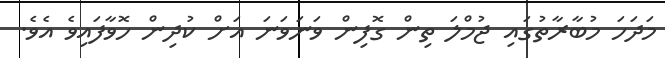
މަދަހަ މުބާރާތުގައި ޖުމްލަ ތިން ގޮފިން ވަނަވަނަ އަށް ކުދިން ހޮވާފައިވެ އެވެ.